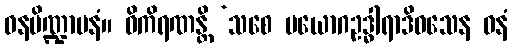
ဓနပိဏ္ဍာပနံ။ ဝိကိရဏန္တိ ‘သစေ ပယောဂဥဒ္ဓါရာဒိဝသေန ဓနံ